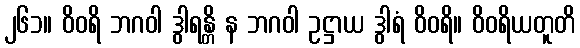
၂၆၁။ ဝိဝရိ ဘဂဝါ ဒွါရန္တိ န ဘဂဝါ ဥဋ္ဌာယ ဒွါရံ ဝိဝရိ။ ဝိဝရိယတူတိ